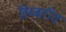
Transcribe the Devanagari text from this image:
तिब्बतीय